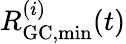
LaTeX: R_{\mathrm{GC,min}}^{(i)}(t)